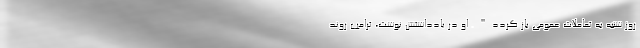
روز شنبه به تعاملات عمومی باز گردد". او در یادداشتش نوشت، ترامپ روند